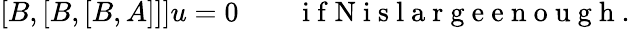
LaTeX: [B,[B,[B,A]]]u=0\qquad\mathrm{~i~f~N~i~s~l~a~r~g~e~e~n~o~u~g~h~.~}